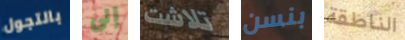
بالتجول إلى تلاشت بنسن الناطقة